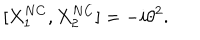
[ { X } _ { 1 } ^ { N C } , { X } _ { 2 } ^ { N C } ] = - i { \theta } ^ { 2 } .